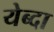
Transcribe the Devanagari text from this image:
येब्दा